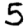
Digit: 5